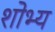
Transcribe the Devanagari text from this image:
शोभ्य